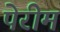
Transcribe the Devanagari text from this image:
पेरीम